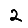
Digit: 2